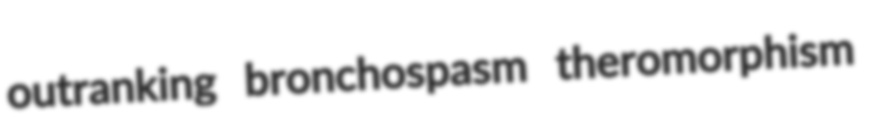
outranking bronchospasm theromorphism